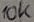
Text: 10K